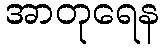
အာတုရေန